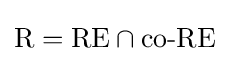
{\mbox{R}}={\mbox{RE}}\cap {\mbox{co-RE}}